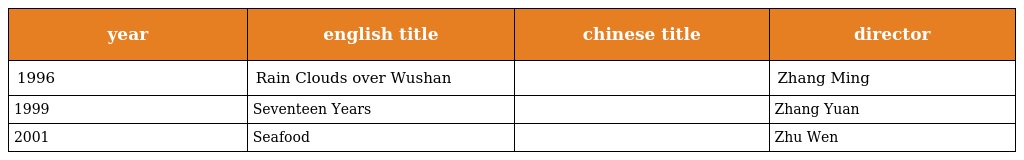
| year | english title | chinese title | director |
 | --- | --- | --- | --- |
 | 1996 | Rain Clouds over Wushan | 巫山云雨 | Zhang Ming |
 | 1999 | Seventeen Years | 过年回家 | Zhang Yuan |
 | 2001 | Seafood | 海鲜 | Zhu Wen |